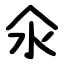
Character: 氽